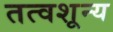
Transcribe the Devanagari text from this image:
तत्वशून्य